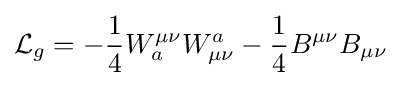
{\mathcal {L}}_{g}=-{\frac {1}{4}}W_{a}^{\mu \nu }W_{\mu \nu }^{a}-{\frac {1}{4}}B^{\mu \nu }B_{\mu \nu }\,\!